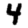
Digit: 4